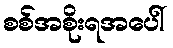
စစ်အစိုးရအပေါ်